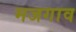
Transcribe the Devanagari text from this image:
मजगाव